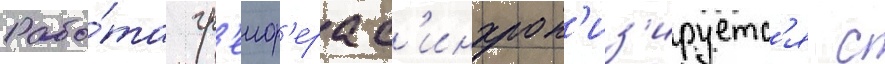
Рабо́та гр'еиф'ера с'инхрон'из'ируетс'я с